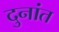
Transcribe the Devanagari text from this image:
दुनांत